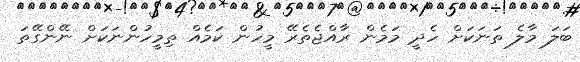
ބަލަ މާލެ ތަނަކަށް ހެދީ މަމެން ރާއްޖެތެރޭ މީހުން ކަމެއް ތިމީހުންނަކަށް ނޭންގޭތަ